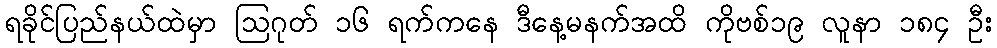
ရခိုင်ပြည်နယ်ထဲမှာ ဩဂုတ် ၁၆ ရက်ကနေ ဒီနေ့မနက်အထိ ကိုဗစ်၁၉ လူနာ ၁၈၄ ဦး